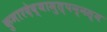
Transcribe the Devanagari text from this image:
कुमारदेव्यामुत्पन्नस्य